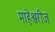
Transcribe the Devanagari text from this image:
माहेश्वरीज